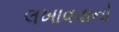
લખાવવાનો